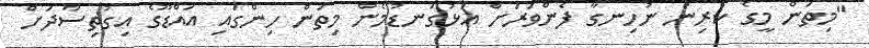
"މިތަން މީގެ ކުރިން ނުހިނގާ ފެންވަރަށް އަޅުގަނޑުމެން މިތަން ހިންގައި އައްޑޫގެ އިގުތިސާދަށް